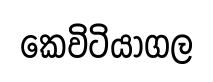
කෙවිටියාගල